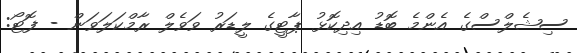
ސިޝެލްސްގެ އެންމެ ބޮޑު އިދިކޮޅު ޕާޓީގެ ލީޑަރު ވަވެލް ރާމްކަލަވަން - ފޮޓޯ: